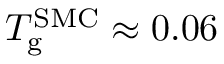
T _ { \mathrm { g } } ^ { \mathrm { S M C } } \approx 0 . 0 6